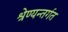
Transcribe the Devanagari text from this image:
श्रेण्यन्तर्गत